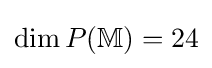
\dim P({\mathbb {M} })=24